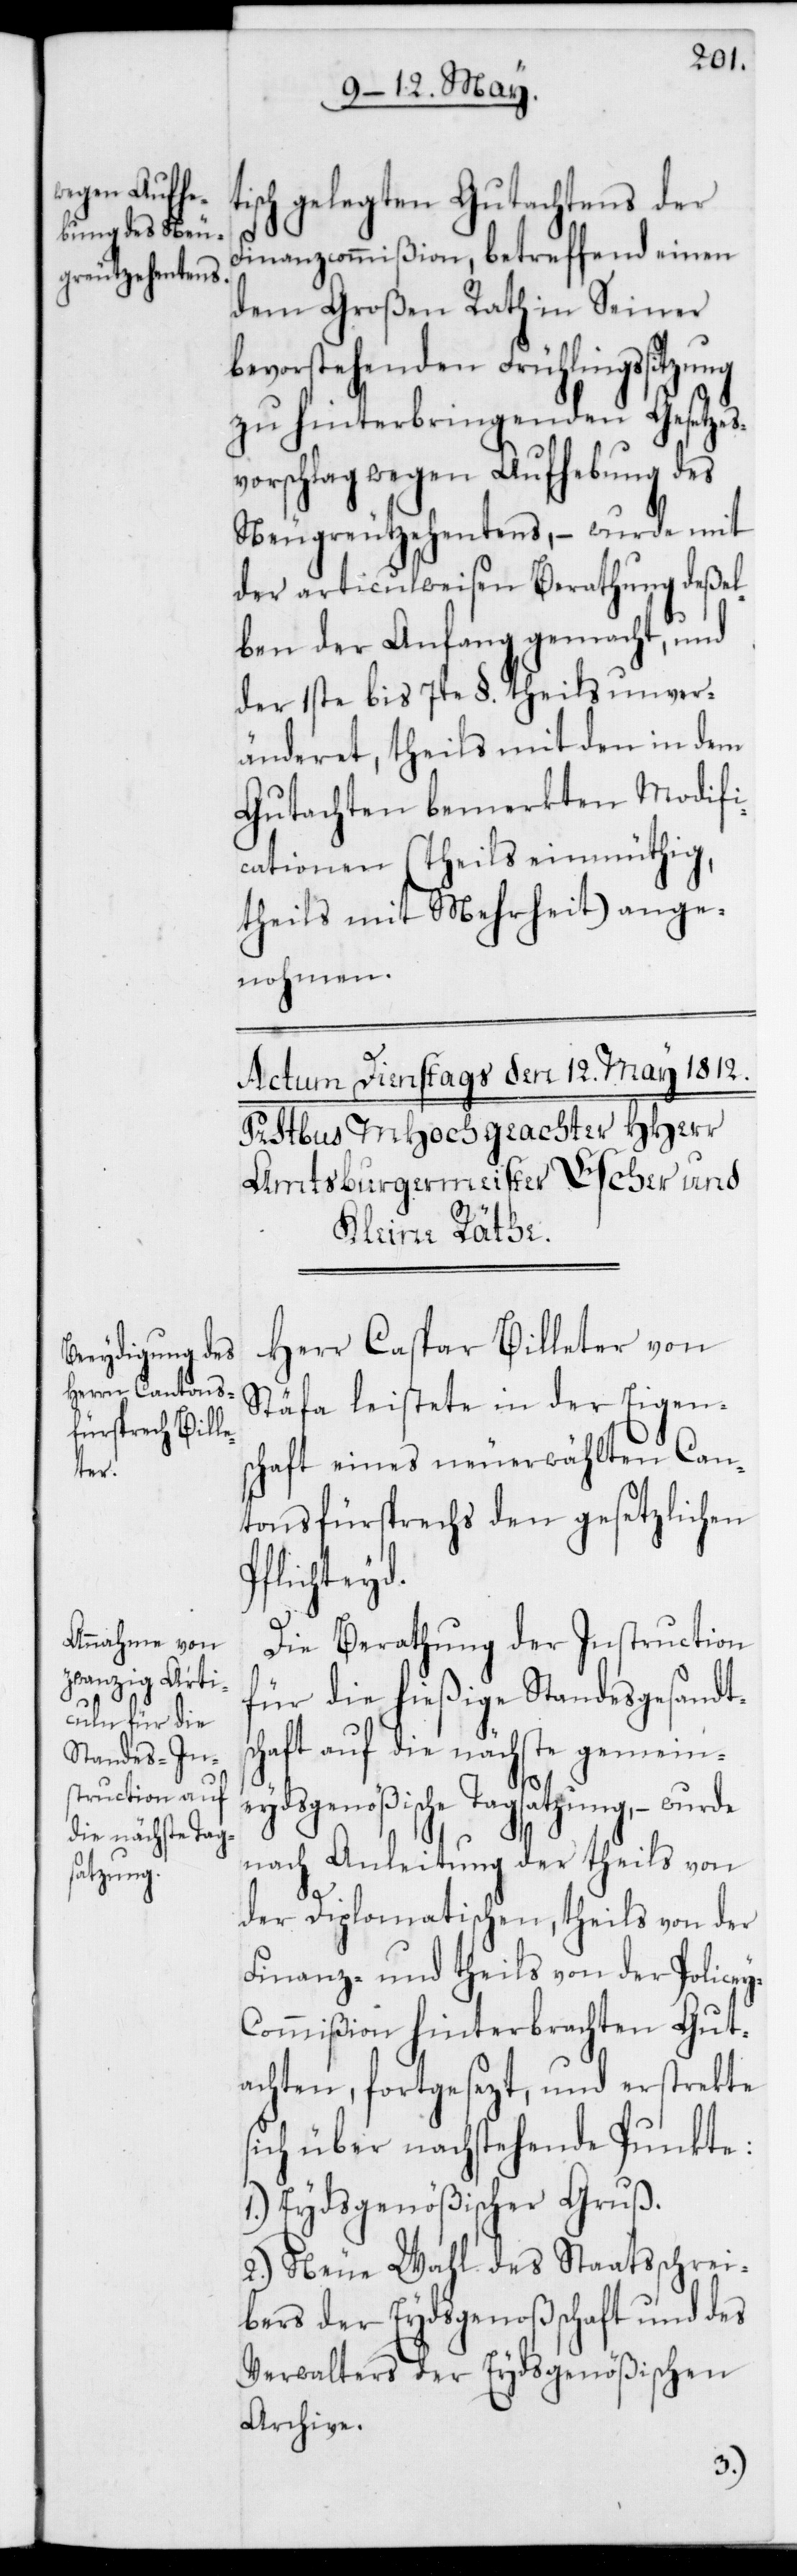
tisch gelegten Gutachtens der
sc¬
Finanzcommißion, betreffend einen
dem Großen Rath in Seiner
bevorstehenden Frühlingssitzung
zu hinterbringenden Gesetzes¬
vorschlag wegen Aufhebung des
Neugreutzehentens, – wurde mit
der articulweisen Berathung deßel¬
ben der Anfang gemacht, und
der 1ste bis 7te §. theils unver¬
änderet, theils mit den in dem
Gutachten bemerkten Modifi¬
cationen (theils einmüthig,
theils mit Mehrheit) ange¬
nohmen.
Herr Caspar Billeter von
Stäfa leistete in der Eigens¬
chaft eines neuerwählten Can¬
tonsfürsprechs den gesetzlichen
Pflichteyd.
Die Berathung der Instruction
für die hießige Standesgesandt¬
haft auf die nächste gemein¬
eydsgenößische Tagsatzung, – wurde
nach Anleitung der theils von
der Diplomatischen, theils von der
Finanz- und theils von der Polize¬
y-Commißion hinterbrachten Gut¬
achten, fortgesezt, und erstreckte
sich über nachstehende Punkte:
1.) Eydsgenößischer Gruß.
2.) Neue Wahl des Staatsschrei¬
bers der Eydsgenoßenschaft und des
Verwalters der Eydsgenößischen
Archive.